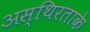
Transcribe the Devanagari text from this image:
अस्थिरताके